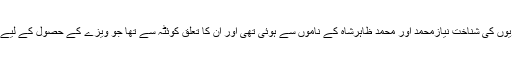
جاں بحق ہونے والے شہریوں کی شناخت نیازمحمد اور محمد ظاہرشاہ کے ناموں سے ہوئی تھی اور ان کا تعلق کوئٹہ سے تھا جو ویزے کے حصول کے لیے قونصل خانے گئے تھے۔